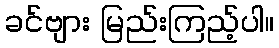
ခင်ဗျား မြည်းကြည့်ပါ။